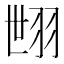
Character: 𦐞